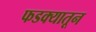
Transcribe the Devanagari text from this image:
फडक्यातून